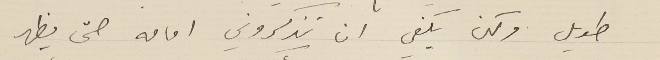
طويل ولكن يكفي ان تذكروني امامه حتى يظهر